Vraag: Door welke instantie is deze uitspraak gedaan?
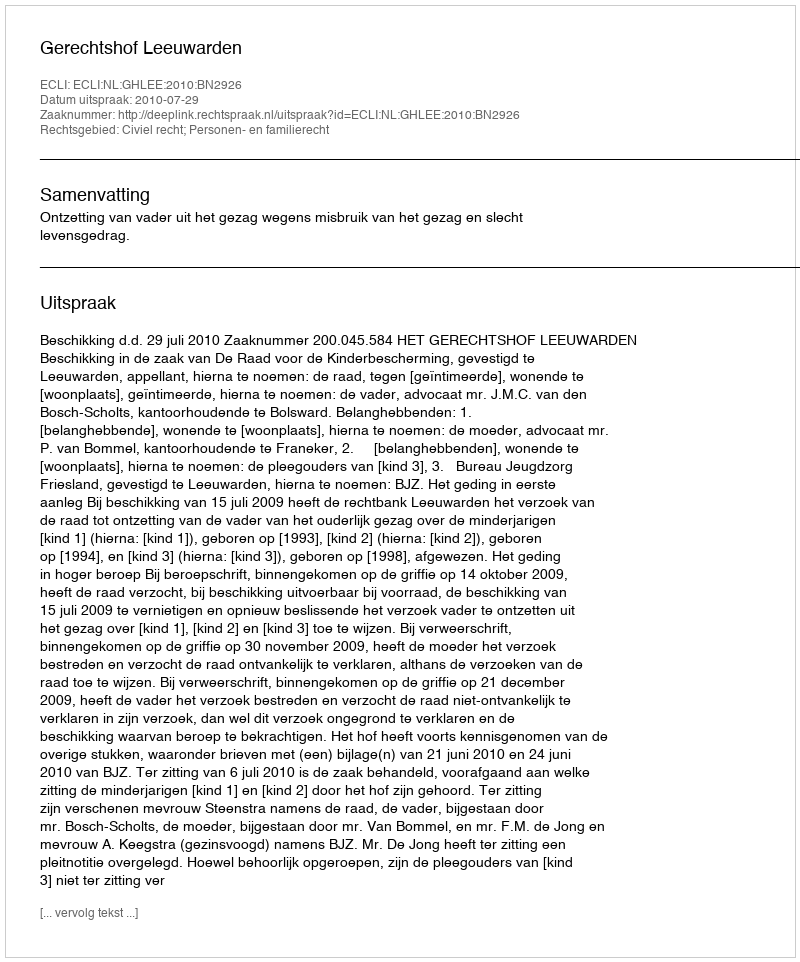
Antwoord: Gerechtshof Leeuwarden